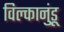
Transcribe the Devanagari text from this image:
विल्कानुंडू